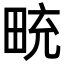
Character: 𪽒